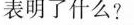
表明了什么?